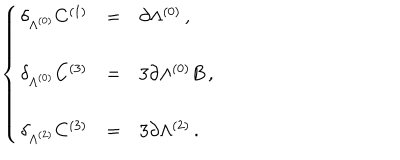
\left\{ \begin{array} { r c l } { { \delta _ { \Lambda ^ { ( 0 ) } } C ^ { ( 1 ) } } } & { { = } } & { { \partial \Lambda ^ { ( 0 ) } \, , } } \\ { { } } & { { } } & { { } } \\ { { \delta _ { \Lambda ^ { ( 0 ) } } C ^ { ( 3 ) } } } & { { = } } & { { 3 \partial \Lambda ^ { ( 0 ) } B \, , } } \\ { { } } & { { } } & { { } } \\ { { \delta _ { \Lambda ^ { ( 2 ) } } C ^ { ( 3 ) } } } & { { = } } & { { 3 \partial \Lambda ^ { ( 2 ) } \, . } } \\ \end{array} \right.